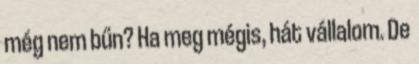
még nem bűn? Ha meg mégis, hát vállalom. De